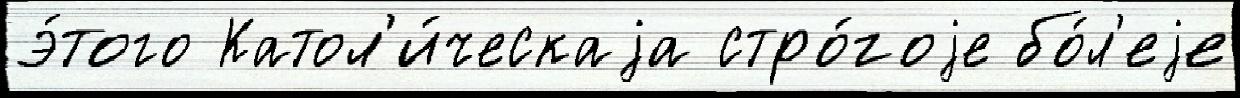
э́того Катол'и́ческаjа стро́гоjе бо́л'еjе